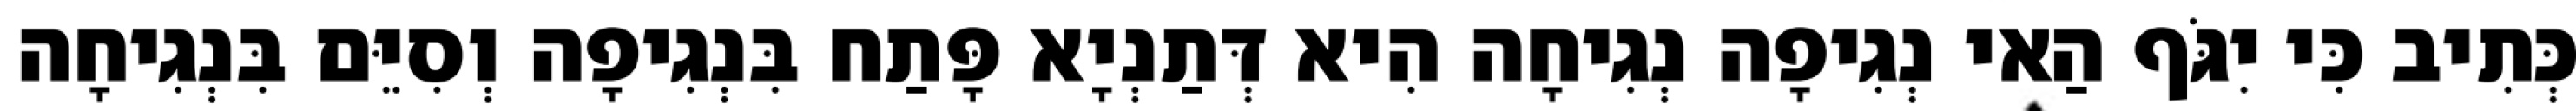
כְּתִיב כִּי יִגֹּף הַאי נְגִיפָה נְגִיחָה הִיא דְּתַנְיָא פָּתַח בִּנְגִיפָה וְסִיֵּם בִּנְגִיחָה